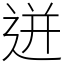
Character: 迸